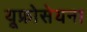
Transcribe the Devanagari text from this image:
यूफ्रोसेयना